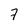
Character: 7